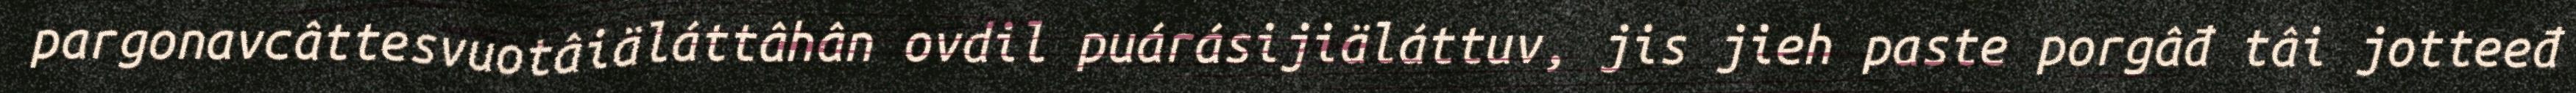
pargonavcâttesvuotâiäláttâhân ovdil puárásijiäláttuv, jis jieh paste porgâđ tâi jotteeđ